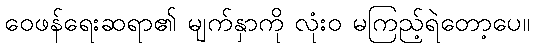
ဝေဖန်ရေးဆရာ၏ မျက်နှာကို လုံးဝ မကြည့်ရဲတော့ပေ။